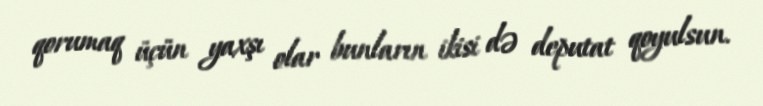
qorumaq üçün yaxşı olar bunların ikisi də deputat qoyulsun.